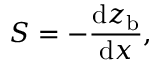
S = - { \frac { \mathrm { d } z _ { \mathrm { b } } } { \mathrm { d } x } } ,